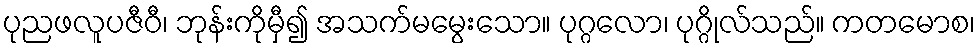
ပုညဖလူပဇီဝီ၊ ဘုန်းကိုမှီ၍ အသက်မမွေးသော။ ပုဂ္ဂလော၊ ပုဂ္ဂိုလ်သည်။ ကတမောစ၊